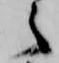
之